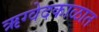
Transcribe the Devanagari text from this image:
ऋग्वेदकाळात